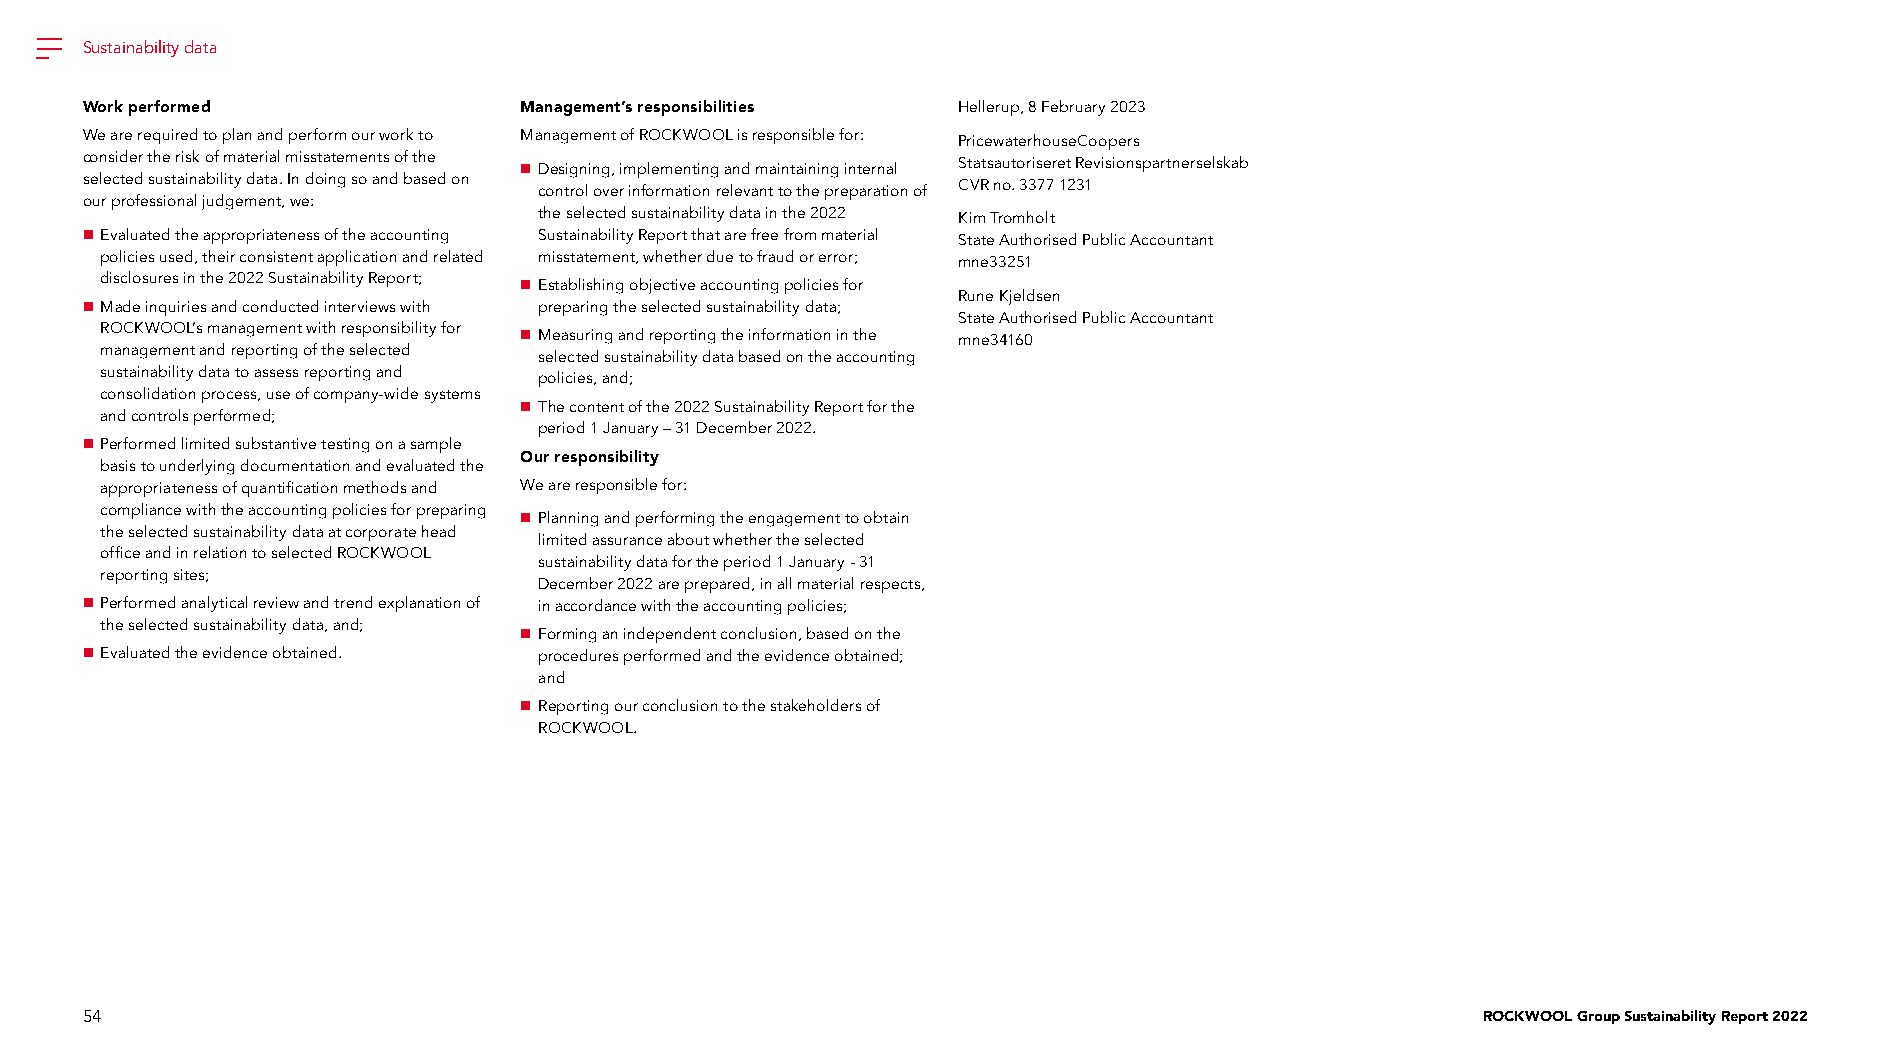
Sustainability data
 Work performed               Management’s responsibilities Hellerup, 8 February 2023
 We are required to plan and perform our work to Management of ROCKWOOL is responsible for: PricewaterhouseCoopers
 consider the risk of material misstatements of the  Designing, implementing and maintaining internal Statsautoriseret Revisionspartnerselskab
 selected sustainability data. In doing so and based on control over information relevant to the preparation of CVR no. 3377 1231
 our professional judgement, we:
 the selected sustainability data in the 2022 Kim Tromholt
  Evaluated the appropriateness of the accounting Sustainability Report that are free from material State Authorised Public Accountant
 policies used, their consistent application and related misstatement, whether due to fraud or error; mne33251
 disclosures in the 2022 Sustainability Report;  Establishing objective accounting policies for
 Rune Kjeldsen
  Made inquiries and conducted interviews with preparing the selected sustainability data;
 State Authorised Public Accountant
 ROCKWOOL’s management with responsibility for  Measuring and reporting the information in the mne34160
 management and reporting of the selected selected sustainability data based on the accounting
 sustainability data to assess reporting and policies, and;
 consolidation process, use of company-wide systems
  The content of the 2022 Sustainability Report for the
 and controls performed;
 period 1 January – 31 December 2022.
  Performed limited substantive testing on a sample
 Our responsibility
 basis to underlying documentation and evaluated the
 appropriateness of quantification methods and We are responsible for:
 compliance with the accounting policies for preparing
  Planning and performing the engagement to obtain
 the selected sustainability data at corporate head
 limited assurance about whether the selected
 office and in relation to selected ROCKWOOL
 sustainability data for the period 1 January - 31
 reporting sites;
 December 2022 are prepared, in all material respects,
  Performed analytical review and trend explanation of in accordance with the accounting policies;
 the selected sustainability data, and;
  Forming an independent conclusion, based on the
  Evaluated the evidence obtained. procedures performed and the evidence obtained;
 and
  Reporting our conclusion to the stakeholders of
 ROCKWOOL.
 54                                                                                           ROCKWOOL Group Sustainability Report 2022